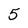
Character: 5